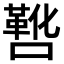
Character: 𫫸